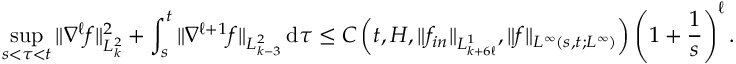
\operatorname* { s u p } _ { s < \tau < t } \| \nabla ^ { \ell } f \| _ { L _ { k } ^ { 2 } } ^ { 2 } + \int _ { s } ^ { t } \| \nabla ^ { \ell + 1 } f \| _ { L _ { k - 3 } ^ { 2 } } \, \mathrm { d } \tau \le C \left( t , H , \| f _ { i n } \| _ { L _ { k + 6 \ell } ^ { 1 } } , \| f \| _ { L ^ { \infty } ( s , t ; L ^ { \infty } ) } \right) \left( 1 + \frac { 1 } { s } \right) ^ { \ell } .